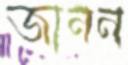
জানন